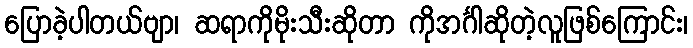
ပြောခဲ့ပါတယ်ဗျာ၊ ဆရာကိုမိုးသီးဆိုတာ ကိုအင်္ဂါဆိုတဲ့လူဖြစ်ကြောင်း၊